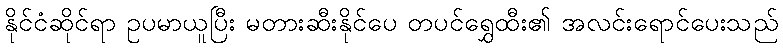
နိုင်ငံဆိုင်ရာ ဥပမာယူပြီး မတားဆီးနိုင်ပေ တပင်ရွှေထီး၏ အလင်းရောင်ပေးသည်